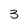
Character: 3